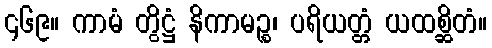
၄၆၉။ ကာမံ တွိဋ္ဌံ နိကာမဉ္စ၊ ပရိယတ္တံ ယထစ္ဆိတံ။